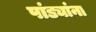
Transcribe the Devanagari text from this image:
पांड्यांना